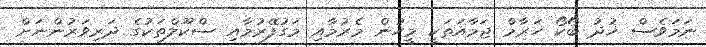
ނަމަވެސް ޚުދު ބޯކޯ ހަރާމް ޖަމާއަތަކީ މީހުން މެރުމާއި މަގުފޭރުމާއި ސްކޫލްތަކުގެ ދަރިވަރުންނަށް